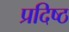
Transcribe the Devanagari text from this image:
प्रदिष्ठ